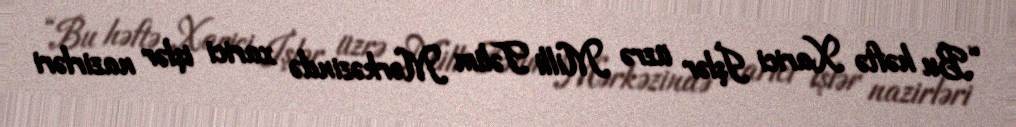
“Bu həftə Xarici İşlər üzrə Milli Təlim Mərkəzində xarici işlər nazirləri